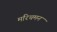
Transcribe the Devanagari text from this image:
मरिचमन